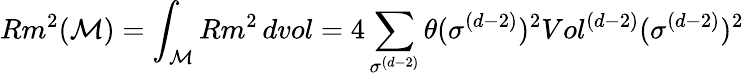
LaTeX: Rm^{2}(\mathcal{M})=\int_{\mathcal{M}}Rm^{2}\, dvol=4\sum_{\sigma^{(d-2)}}\theta(\sigma^{(d-2)})^{2}Vol^{(d-2)}(\sigma^{(d-2)})^{2}